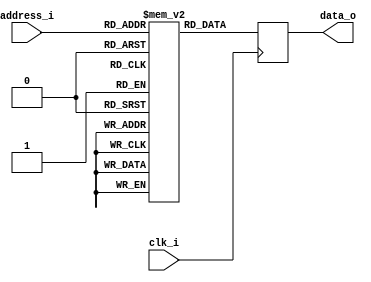
module RomMemory
#(
    parameter WORDS = 8,    // 2^WORDS
    parameter DATA_WIDTH = 16)
(
    input wire clk_i,                         // neg-edge
    input wire [WORDS-1:0] address_i,    // Memory address_i
    output reg [DATA_WIDTH-1:0] data_o        // Memory register data output (ASync)
);

// Memory bank
reg [DATA_WIDTH-1:0] mem [0:(1<<WORDS)-1]; // The actual memory

// Debugging
`ifdef SIMULATE
integer index;
`endif
    
initial begin
    // Example of clearing remaining memory
    // for(index = 5; index < 20; index = index + 1)
    //     mem[index] = 16'h0000;

    // I can explicitly specify the start/end address_i in order to avoid the
    // warning: "WARNING: memory.v:23: $readmemh: Standard inconsistency, following 1364-2005."
    //     $readmemh (`MEM_CONTENTS, mem, 'h00, 'h04);
    `ifdef USE_ROM
        // NOTE:
        // `` - The double-backtick(``) is essentially a token delimiter.
        // It helps the compiler clearly differentiate between the Argument and
        // the rest of the string in the macro text.
        // See: https://www.systemverilog.io/macros

        // This only works with BRAM. It generally doesn't work with SPRAM constructs.
        $display("Using ROM: %s", `MEM_CONTENTS);
        $readmemh({`ROM_PATH, `MEM_CONTENTS, `ROM_EXTENSION}, mem);  // , 0, 6
    `elsif USE_STATIC
        mem[0] = 16'h00ff;       // Simple data for testing
        mem[1] = 16'h00f0;
        mem[2] = 16'h000f;
        mem[255] = 16'h0001;
    `endif

    `ifdef SIMULATE
        // Example of displaying contents
        $display("------- Top MEM contents ------");
        for(index = 0; index < 15; index = index + 1)
            $display("memory[%d] = %b <- %h", index[7:0], mem[index], mem[index]);

        // Display the vector data residing at the bottom of memory
        $display("------- Bottom MEM contents ------");
        for(index = 250; index < 256; index = index + 1)
            $display("memory[%d] = %b <- %h", index[7:0], mem[index], mem[index]);
    `endif
end

// --------------------------------
// ROM
// --------------------------------
always @(negedge clk_i) begin
    `ifdef SIMULATE
        $display("%d READ data at Addr(0x%h), Mem(0x%h), data_i(0x%h)", $stime, address_i, mem[address_i], data_i);
    `endif
    data_o <= mem[address_i];
end

endmodule